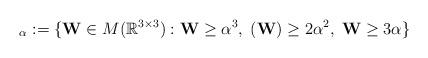
LaTeX: \begin{align*}_{\alpha}:=\{\mathbf{W}\in M(\mathbb{R}^{3\times 3}): \mathbf{W}\geq \alpha^3,\; (\mathbf{W})\geq 2\alpha^2,\; \mathbf{W}\geq 3\alpha\}\end{align*}